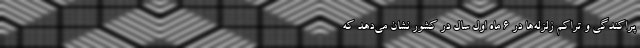
پراکندگی و تراکم زلزله‌ها در ۶ ماه اول سال در کشور نشان می‌دهد که